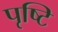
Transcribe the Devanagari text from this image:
पृष्टि